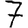
Digit: 7